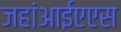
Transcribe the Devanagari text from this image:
जहांआईएएस